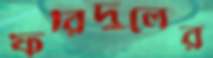
ফরিদুলের